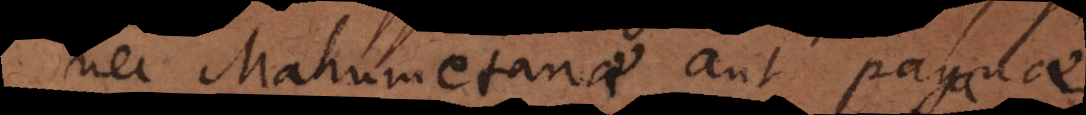
nec Mahumetanae aut paganae